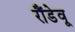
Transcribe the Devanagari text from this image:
रौंडेवू